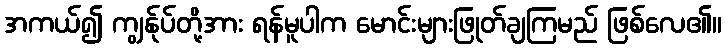
အကယ်၍ ကျွန်ုပ်တို့အား ရန်မူပါက မောင်းများဖြုတ်ချကြမည် ဖြစ်လေ၏။